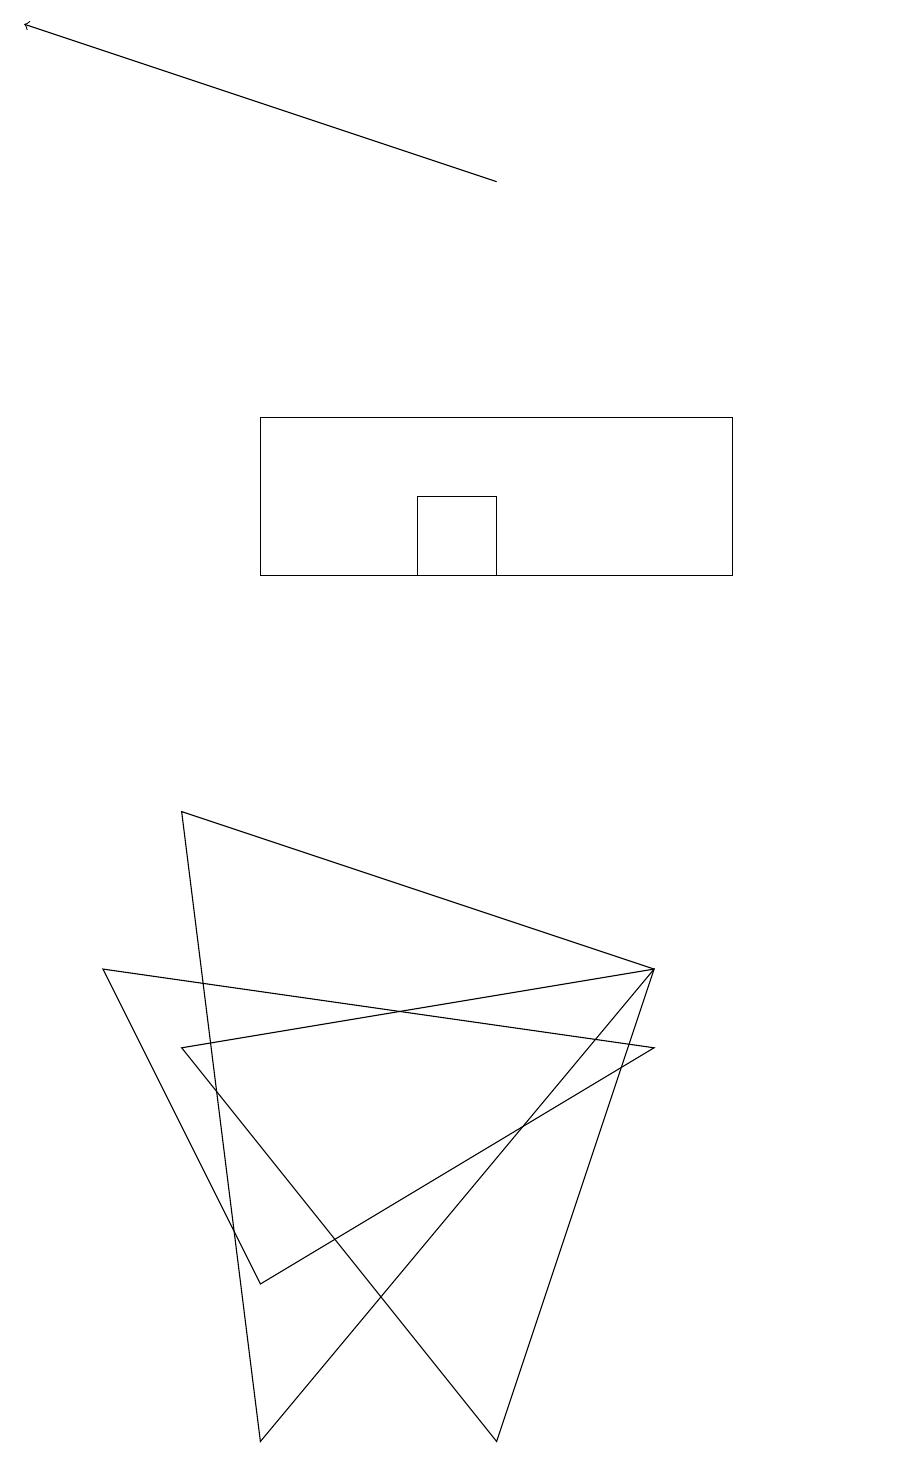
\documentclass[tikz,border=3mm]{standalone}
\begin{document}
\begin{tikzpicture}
\draw (11,10) circle (0);
\draw (5,11) rectangle (6,12);
\draw (8,6) -- (2,5) -- (6,0) -- cycle;
\draw (3,13) rectangle (9,11);
\draw (3,0) -- (8,6) -- (2,8) -- cycle;
\draw[->] (6,16) -- (0,18);
\draw (8,5) -- (3,2) -- (1,6) -- cycle;
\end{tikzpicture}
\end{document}